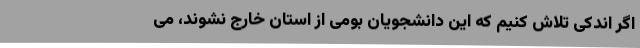
اگر اندکی تلاش کنیم که این دانشجویان بومی از استان خارج نشوند، می